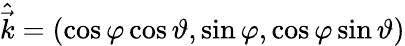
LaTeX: \hat{\vec{k}}=\left(\cos{\varphi}\cos{\vartheta},\sin{\varphi},\cos\varphi\sin{\vartheta}\right)